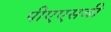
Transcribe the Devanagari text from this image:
पीएएसवी